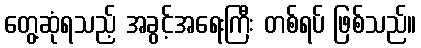
တွေ့ဆုံရသည့် အခွင့်အရေးကြီး တစ်ရပ် ဖြစ်သည်။